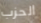
الحزب